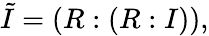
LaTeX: {\tilde{I}}=(R:(R:I)),